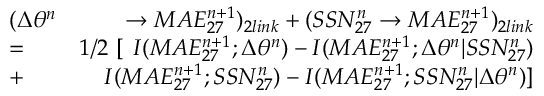
\begin{array} { r l r } & { \large ( \Delta \theta ^ { n } } & { \rightarrow M A E _ { 2 7 } ^ { n + 1 } \large ) _ { 2 l i n k } + \large ( S S N _ { 2 7 } ^ { n } \rightarrow M A E _ { 2 7 } ^ { n + 1 } \large ) _ { 2 l i n k } } \\ & { = } & { 1 / 2 \ \large [ \ I ( M A E _ { 2 7 } ^ { n + 1 } ; \Delta \theta ^ { n } ) - I ( M A E _ { 2 7 } ^ { n + 1 } ; \Delta \theta ^ { n } | S S N _ { 2 7 } ^ { n } ) } \\ & { + } & { I ( M A E _ { 2 7 } ^ { n + 1 } ; S S N _ { 2 7 } ^ { n } ) - I ( M A E _ { 2 7 } ^ { n + 1 } ; S S N _ { 2 7 } ^ { n } | \Delta \theta ^ { n } ) \large ] } \end{array}